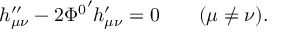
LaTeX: h _ { \mu \nu } ^ { \prime \prime } - 2 { \Phi ^ { 0 } } ^ { \prime } h _ { \mu \nu } ^ { \prime } = 0 \qquad ( \mu \neq \nu ) .